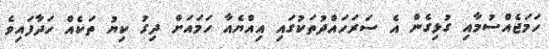
ހަމަޖެއްސުމާއި ގުޅިގެން އެ ސަރަހައްދުތަކުގައި އިއްޔެއާ ހަމައަށް ދިގު ކިޔު ތަކެއް ހަދާފައިވެ